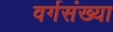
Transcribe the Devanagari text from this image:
वर्गसंख्या